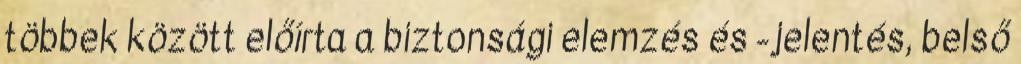
többek között előírta a biztonsági elemzés és -jelentés, belső